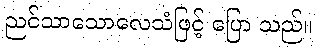
ညင်သာသောလေသံဖြင့် ပြော သည်။